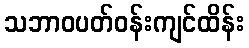
သဘာဝပတ်ဝန်းကျင်ထိန်း